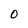
Character: 0